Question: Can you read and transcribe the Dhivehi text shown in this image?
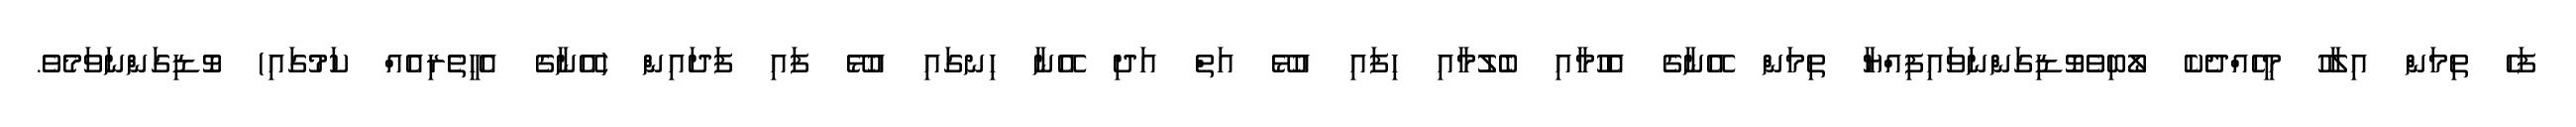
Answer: ފަހެ ތިމަން އިލާހު މީހެއްދެކެ ލޯބިވެވޮޑިގަންނަވައިފިއްޔާ ތިމަން އޭނާގެ އެހުމާއި ބެލުމާއި ހިފައި އުޅޭ އަތް އަދި އޭނާ ހިނގައި އުޅޭ ފައި ފަދައިން (އޭނާގެ އެހީތެރިއެއް ކަމުގައި) ވޮޑިގަންނަވަމެވެ.